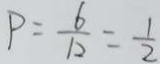
P = \frac { 6 } { 1 2 } = \frac { 1 } { 2 }